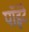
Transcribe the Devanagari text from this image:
पॉइंटे